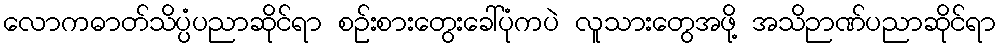
လောကဓာတ်သိပ္ပံပညာဆိုင်ရာ စဉ်းစားတွေးခေါ်ပုံကပဲ လူသားတွေအဖို့ အသိဉာဏ်ပညာဆိုင်ရာ